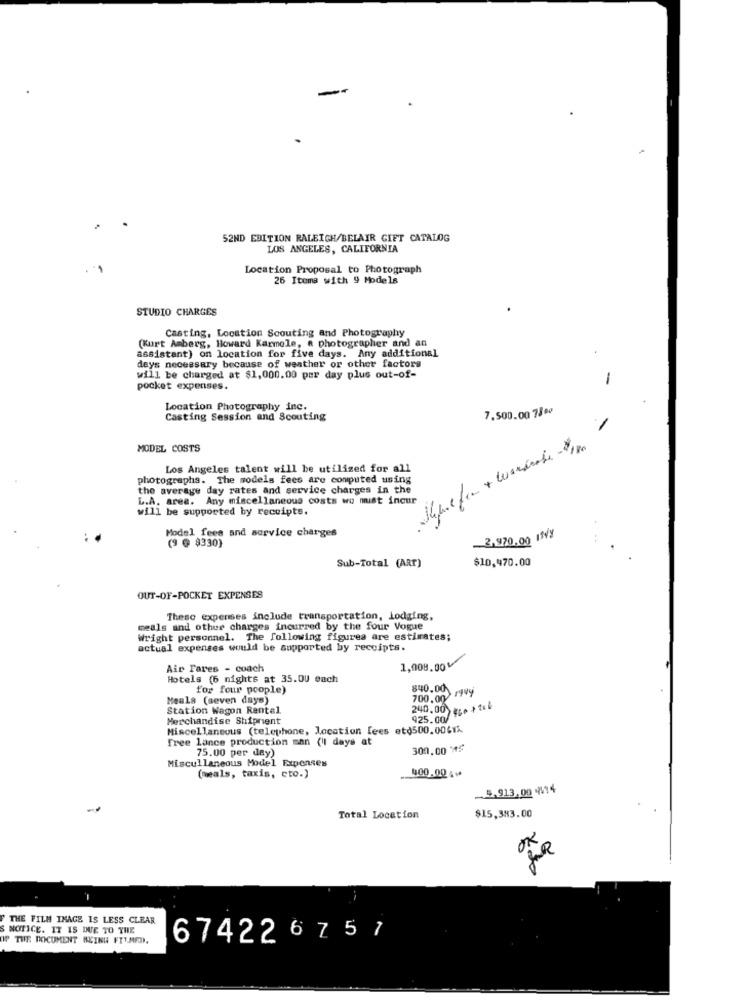
52ND EDITION RALEIGH/BELAIR GIFT CATALOG
LOS ANGELES, CALIFORNIA
Location Proposal to Photograph
26 Items with 9 Models
STUDIO CHARGES
Casting, Location Scouting and Photography
(Kurt Amberg, Howard Karmele, a photographer and an
assistant) on location for five days. Any additional
days necessary because of weather or other factors
will be charged at $1,000.00 per day plus out-of-
-
pocket expenses.
Location Photography inc.
7.500.00 7800
Casting Session and Scouting
-
MODEL COSTS
Los Angeles talent will be utilized for all
photographs. The models fees are computed using
the average day rates and service charges in the
L.A. area. Any miscellaneous costs wo mist incur
will be supported by receipts.
Model fees and service charges
(9 @ $330)
2,970.00 IN8
Sub-Total (ART)
$10,470.00
OUT-OF-POCKET EXPENSES
These expenses include transportation, Lodging,
meals and other charges incurred by the four Vogue
Wright personnel. The following figures are estimates;
actual expenses would be supported by receipts.
1,008.00
Air Fares - coach
Hotels (6 nights at 35.00 each
for four people)
840.00 rgvý
Meals (seven days)
700.00
Station Wagon Rental
240.00 .. + tck
Merchandise Shipment
925.00/
Miscellaneous (telephone, location fees etd500.0061%
Free lance production man (Il days at
75.00 per day)
300.00 'A5
Miscellaneous Model Expenses
400.001₩
(meals, taxis, cto.)
5.913.00 414
$15,383.00
Total Location
OK
THE FILM THAGE IS LESS CLEAR
S NOTICE. IT IS DUE TO THE
OF THE DOCUMENT BEING FTTMED.
67422 6 7 5 7